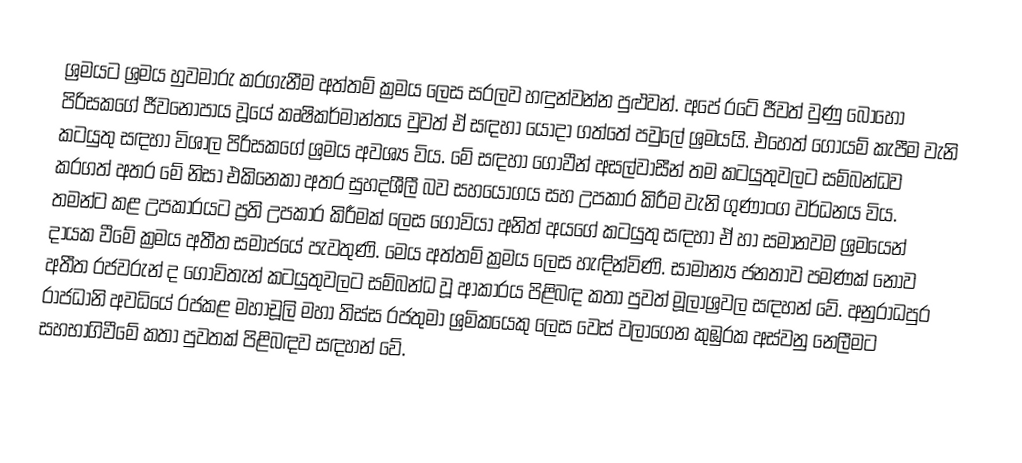
ශ්‍රමයට ශ්‍රමය හුවමාරු කරගැනීම අත්තම් ක්‍රමය ලෙස සරලව හඳුන්වන්න පුළුවන්. අපේ රටේ ජීවත් වුණු බොහෝ පිරිසකගේ ජීවනෝපාය වූයේ කෘෂිකර්මාන්තය වුවත් ඒ සඳහා යොදා ගත්තේ පවුලේ ශ්‍රමයයි. එහෙත් ගොයම් කැපීම වැනි කටයුතු සඳහා විශාල පිරිසකගේ ශ්‍රමය අවශ්‍ය විය. මේ සඳහා ගොවීන් අසල්වාසීන් තම කටයුතුවලට සම්බන්ධව කරගත් අතර මේ නිසා එකිනෙකා අතර සුහදශීලී බව සහයෝගය සහ උපකාර කිරීම වැනි ගුණාංග වර්ධනය විය. තමන්ට කළ උපකාරයට ප්‍රති උපකාර කිරීමක් ලෙස ගොවියා අනිත් අයගේ කටයුතු සඳහා ඒ හා සමානවම ශ්‍රමයෙන් දායක වීමේ ක්‍රමය අතීත සමාජයේ පැවතුණි. මෙය අත්තම් ක්‍රමය ලෙස හැඳින්විණි. සාමාන්‍ය ජනතාව පමණක් නොව අතීත රජවරුන් ද ගොවිතැන් කටයුතුවලට සම්බන්ධ වූ ආකාරය පිළිබඳ කතා පුවත් මූලාශ්‍රවල සඳහන් වේ. අනුරාධපුර රාජධානි අවධියේ රජකළ මහාචූලි මහා තිස්ස රජතුමා ශ්‍රමිකයෙකු ලෙස වෙස් වලාගෙන කුඹුරක අස්වනු නෙලීමට සහභාගිවීමේ කතා පුවතක් පිළිබඳව සඳහන් වේ.